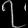
Digit: ၇